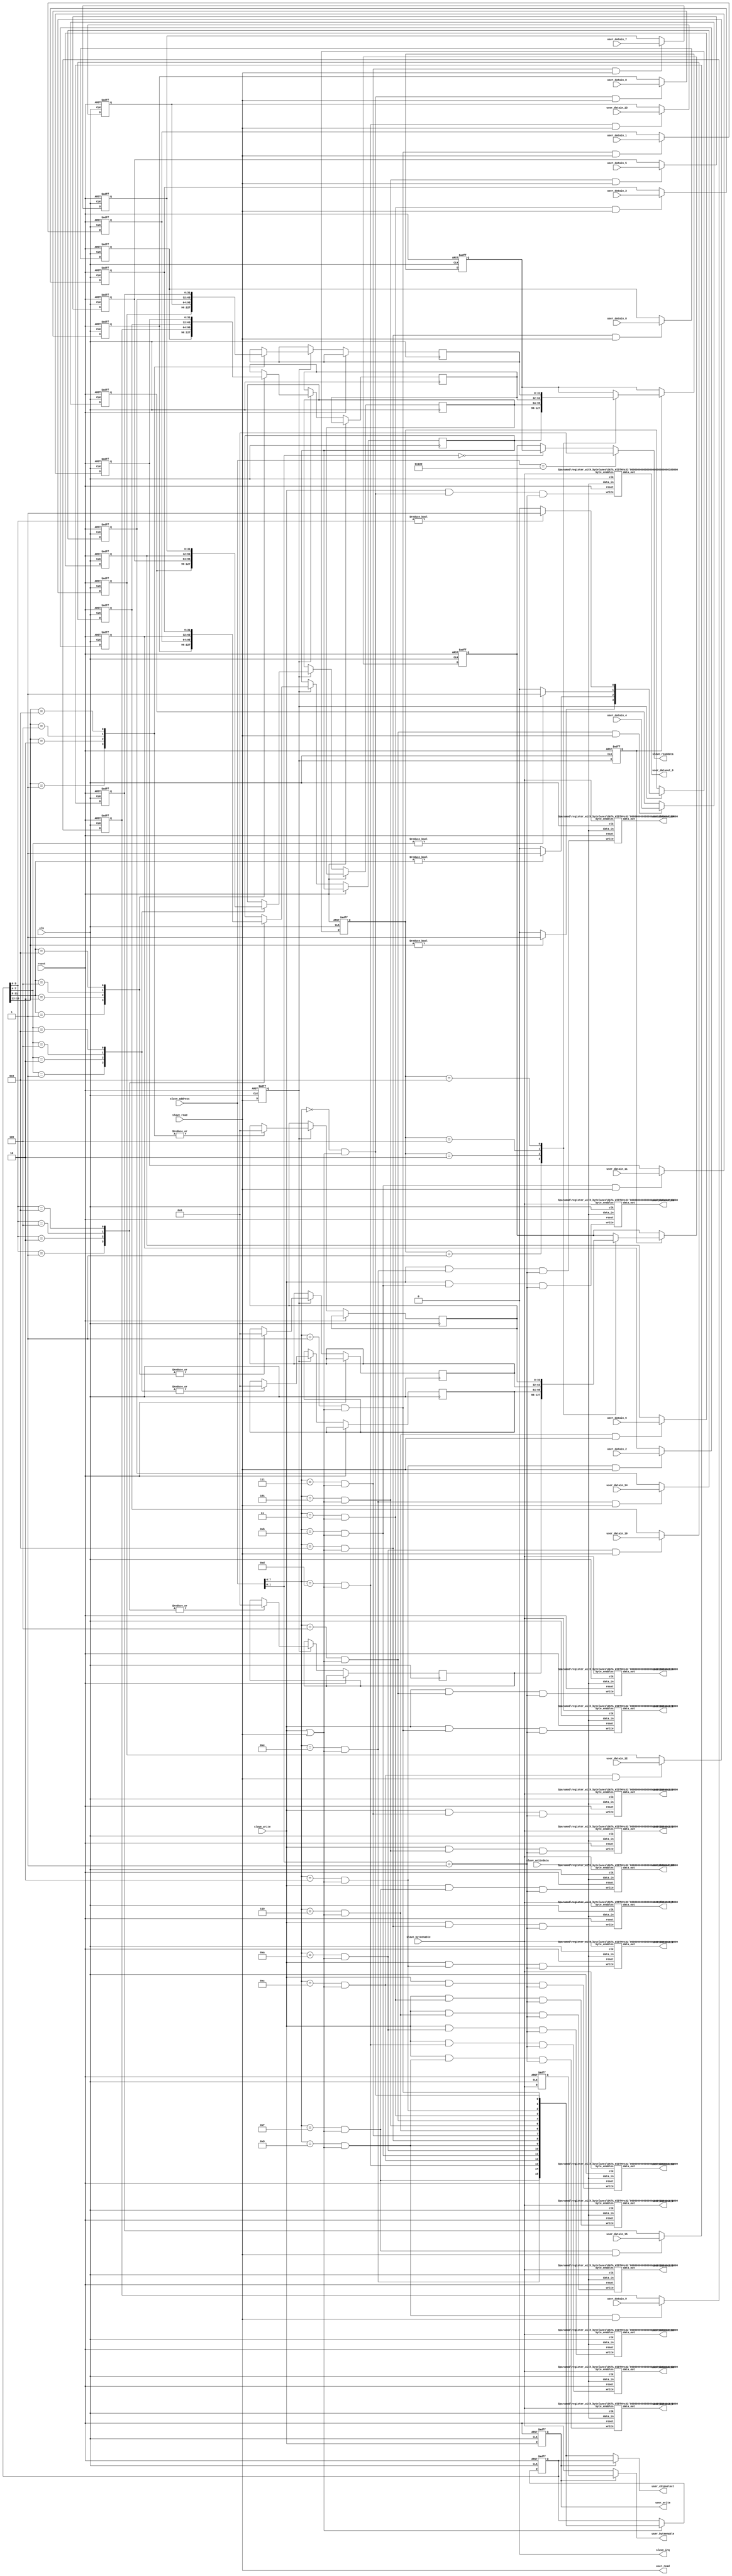
/*
  Legal Notice: (C)2009 Altera Corporation. All rights reserved.  Your
  use of Altera Corporation's design tools, logic functions and other
  software and tools, and its AMPP partner logic functions, and any
  output files any of the foregoing (including device programming or
  simulation files), and any associated documentation or information are
  expressly subject to the terms and conditions of the Altera Program
  License Subscription Agreement or other applicable license agreement,
  including, without limitation, that your use is for the sole purpose
  of programming logic devices manufactured by Altera and sold by Altera
  or its authorized distributors.  Please refer to the applicable
  agreement for further details.
*/

/*

  This slave component has a parameterizable data width and 16 input/output
  words.  There are five modes for each addressable word in this component
  as follows:
  
  Mode = 0  --> Output only
  Mode = 1  --> Input only
  Mode = 2  --> Output and input (independent I/O, default)
  Mode = 3  --> Output with loopback (software readable output registers)
  Mode = 4	--> Disabled

  This component is always available so the waitrequest signal is not used
  and it has fixed read and write latencies.  The write latency is 0 and the
  read latency is 3 cycles.  If you attempt to access a location that doesn't
  support the necessary functionality then you will either write to a
  non-existent register (write to space) or will readback 0 as the inputs
  will be grounded if they are disabled.  Inputs or outputs that are removed
  will be due to the component tcl file stubbing the signals.  Disabled outputs
  will not be exposed at the top of the system and the Quartus II software
  will optimize the register away.  Disabled inputs (except in the loopback
  mode) will not be exposed at the top and internally be wired to ground.
  The Quartus II software as a result will optimize the input registers to
  be hardcoded wires set to ground automatically.
  
  In order for your external logic to know which register is being accessed
  you will need to enable 'ENABLE_SYNC_SIGNALS' by setting it to 1.  When
  enabled, the user_chipselect/byteenable/read/write signals will be exposed to your
  external logic which you can use to determine which register is being accessed
  and whether it's a read or write access.
  
  If you use the syncronization signals use the following to qualify them:
  
  Read:  user_chipselect[x] AND user_read
  Write:  user_chipselect[x] AND user_write AND user_byteenable
  
  Note: Reads return the full word regardless of the byteenables presented.
*/




module slave_template (
	// signals to connect to an Avalon clock source interface
	clk,
	reset,
	
	// signals to connect to an Avalon-MM slave interface
	slave_address,
	slave_read,
	slave_write,
	slave_readdata,
	slave_writedata,
	slave_byteenable,
	
	// interrupt signals
	slave_irq,

	// signals to connect to custom user logic (up to 16 input and output pairs)
	user_dataout_0,
	user_dataout_1,
	user_dataout_2,
	user_dataout_3,
	user_dataout_4,
	user_dataout_5,
	user_dataout_6,
	user_dataout_7,
	user_dataout_8,
	user_dataout_9,
	user_dataout_10,
	user_dataout_11,
	user_dataout_12,
	user_dataout_13,
	user_dataout_14,
	user_dataout_15,
	user_datain_0,
	user_datain_1,
	user_datain_2,
	user_datain_3,
	user_datain_4,
	user_datain_5,
	user_datain_6,
	user_datain_7,
	user_datain_8,
	user_datain_9,
	user_datain_10,
	user_datain_11,
	user_datain_12,
	user_datain_13,
	user_datain_14,
	user_datain_15,
	
	// optional signals so that your external logic knows what location is being accessed
	user_chipselect,
	user_byteenable,
	user_write,
	user_read
);

	// most of the set values will only be used by the component .tcl file.  The DATA_WIDTH and MODE_X = 3 influence the hardware created.
	// ENABLE_SYNC_SIGNALS isn't used by this hardware at all but it provided anyway so that it can be exposed in the component .tcl file
	// to control the stubbing of certain signals.
	parameter DATA_WIDTH = 32;          // word size of each input and output register
	parameter ENABLE_SYNC_SIGNALS = 0;  // only used by the component .tcl file, 1 to expose user_chipselect/write/read, 0 to stub them
	parameter MODE_0 = 2;               // 0 = Output, 1 = Input, 2 = Ouput and Input, 3 = Output with loopback, 4 = Disabled
	parameter MODE_1 = 2;               // 0 = Output, 1 = Input, 2 = Ouput and Input, 3 = Output with loopback, 4 = Disabled
	parameter MODE_2 = 2;               // 0 = Output, 1 = Input, 2 = Ouput and Input, 3 = Output with loopback, 4 = Disabled
	parameter MODE_3 = 2;               // 0 = Output, 1 = Input, 2 = Ouput and Input, 3 = Output with loopback, 4 = Disabled
	parameter MODE_4 = 2;               // 0 = Output, 1 = Input, 2 = Ouput and Input, 3 = Output with loopback, 4 = Disabled
	parameter MODE_5 = 2;               // 0 = Output, 1 = Input, 2 = Ouput and Input, 3 = Output with loopback, 4 = Disabled
	parameter MODE_6 = 2;               // 0 = Output, 1 = Input, 2 = Ouput and Input, 3 = Output with loopback, 4 = Disabled
	parameter MODE_7 = 2;               // 0 = Output, 1 = Input, 2 = Ouput and Input, 3 = Output with loopback, 4 = Disabled
	parameter MODE_8 = 2;               // 0 = Output, 1 = Input, 2 = Ouput and Input, 3 = Output with loopback, 4 = Disabled
	parameter MODE_9 = 2;               // 0 = Output, 1 = Input, 2 = Ouput and Input, 3 = Output with loopback, 4 = Disabled
	parameter MODE_10 = 2;               // 0 = Output, 1 = Input, 2 = Ouput and Input, 3 = Output with loopback, 4 = Disabled
	parameter MODE_11 = 2;               // 0 = Output, 1 = Input, 2 = Ouput and Input, 3 = Output with loopback, 4 = Disabled
	parameter MODE_12 = 2;               // 0 = Output, 1 = Input, 2 = Ouput and Input, 3 = Output with loopback, 4 = Disabled
	parameter MODE_13 = 2;               // 0 = Output, 1 = Input, 2 = Ouput and Input, 3 = Output with loopback, 4 = Disabled
	parameter MODE_14 = 2;               // 0 = Output, 1 = Input, 2 = Ouput and Input, 3 = Output with loopback, 4 = Disabled
	parameter MODE_15 = 2;               // 0 = Output, 1 = Input, 2 = Ouput and Input, 3 = Output with loopback, 4 = Disabled
	parameter IRQ_EN = 0;				 // 0 = Enable interrupt, 1 = Disable interrupt



	// clock interface
	input clk;
	input reset;
	
	
	// slave interface
	input [8:0] slave_address;
	input slave_read;
	input slave_write;
	output wire [DATA_WIDTH-1:0] slave_readdata;
	input [DATA_WIDTH-1:0] slave_writedata;
	input [(DATA_WIDTH/8)-1:0] slave_byteenable;
	output wire slave_irq;


	// user interface
	output wire [DATA_WIDTH-1:0] user_dataout_0;
	output wire [DATA_WIDTH-1:0] user_dataout_1;
	output wire [DATA_WIDTH-1:0] user_dataout_2;
	output wire [DATA_WIDTH-1:0] user_dataout_3;
	output wire [DATA_WIDTH-1:0] user_dataout_4;
	output wire [DATA_WIDTH-1:0] user_dataout_5;
	output wire [DATA_WIDTH-1:0] user_dataout_6;
	output wire [DATA_WIDTH-1:0] user_dataout_7;
	output wire [DATA_WIDTH-1:0] user_dataout_8;
	output wire [DATA_WIDTH-1:0] user_dataout_9;
	output wire [DATA_WIDTH-1:0] user_dataout_10;
	output wire [DATA_WIDTH-1:0] user_dataout_11;
	output wire [DATA_WIDTH-1:0] user_dataout_12;
	output wire [DATA_WIDTH-1:0] user_dataout_13;
	output wire [DATA_WIDTH-1:0] user_dataout_14;
	output wire [DATA_WIDTH-1:0] user_dataout_15;
	input [DATA_WIDTH-1:0] user_datain_0;
	input [DATA_WIDTH-1:0] user_datain_1;
	input [DATA_WIDTH-1:0] user_datain_2;
	input [DATA_WIDTH-1:0] user_datain_3;
	input [DATA_WIDTH-1:0] user_datain_4;
	input [DATA_WIDTH-1:0] user_datain_5;
	input [DATA_WIDTH-1:0] user_datain_6;
	input [DATA_WIDTH-1:0] user_datain_7;
	input [DATA_WIDTH-1:0] user_datain_8;
	input [DATA_WIDTH-1:0] user_datain_9;
	input [DATA_WIDTH-1:0] user_datain_10;
	input [DATA_WIDTH-1:0] user_datain_11;
	input [DATA_WIDTH-1:0] user_datain_12;
	input [DATA_WIDTH-1:0] user_datain_13;
	input [DATA_WIDTH-1:0] user_datain_14;
	input [DATA_WIDTH-1:0] user_datain_15;
	output wire [15:0] user_chipselect;
	output wire [(DATA_WIDTH/8)-1:0] user_byteenable;
	output wire user_write;
	output wire user_read;
	
	
	// internal logic signals
	wire [(DATA_WIDTH/8)-1:0] internal_byteenable;  // when DATA_WIDTH is 8 bits need to hardcode this signal to 1 since the fabric doesn't support 1 bit byte enables
	reg [(DATA_WIDTH/8)-1:0] internal_byteenable_d1;
	wire [15:0] address_decode;
	reg [15:0] address_decode_d1;         // used to select the first stage of mux pipelining (a, b, c, or d)
	wire [3:0] address_bank_decode;       // used to select the second stage of mux pipelining (mux a, b, c, or d)
	reg [3:0] address_bank_decode_d1;     // used to select the second stage of mux pipelining (mux a, b, c, or d)
    reg slave_read_d1;                    // used to qualify the first stage of mux pipelining (a, b, c, or d)
    reg slave_read_d2;                    // used to qualify the second stage of mux pipelining (slave_readdata)
    reg slave_write_d1;                   // used by the option user_write signal
	reg [DATA_WIDTH-1:0] user_datain_0_d1;
	reg [DATA_WIDTH-1:0] user_datain_1_d1;
	reg [DATA_WIDTH-1:0] user_datain_2_d1;
	reg [DATA_WIDTH-1:0] user_datain_3_d1;
	reg [DATA_WIDTH-1:0] user_datain_4_d1;
	reg [DATA_WIDTH-1:0] user_datain_5_d1;
	reg [DATA_WIDTH-1:0] user_datain_6_d1;
	reg [DATA_WIDTH-1:0] user_datain_7_d1;
	reg [DATA_WIDTH-1:0] user_datain_8_d1;
	reg [DATA_WIDTH-1:0] user_datain_9_d1;
	reg [DATA_WIDTH-1:0] user_datain_10_d1;
	reg [DATA_WIDTH-1:0] user_datain_11_d1;
	reg [DATA_WIDTH-1:0] user_datain_12_d1;
	reg [DATA_WIDTH-1:0] user_datain_13_d1;
	reg [DATA_WIDTH-1:0] user_datain_14_d1;
	reg [DATA_WIDTH-1:0] user_datain_15_d1;
	reg [DATA_WIDTH-1:0] mux_first_stage_a;      // muxed inputs 0-3
	reg [DATA_WIDTH-1:0] mux_first_stage_b;      // muxed inputs 4-7
	reg [DATA_WIDTH-1:0] mux_first_stage_c;      // muxed inputs 8-11
	reg [DATA_WIDTH-1:0] mux_first_stage_d;      // muxed inputs 12-15
	reg [DATA_WIDTH-1:0] int_mux_first_stage_a;      // muxed inputs 0-3
	reg [DATA_WIDTH-1:0] int_mux_first_stage_b;      // muxed inputs 4-7
	reg [DATA_WIDTH-1:0] int_mux_first_stage_c;      // muxed inputs 8-11
	reg [DATA_WIDTH-1:0] int_mux_first_stage_d;      // muxed inputs 12-15
	reg [DATA_WIDTH-1:0] read_from_user;
	reg [DATA_WIDTH-1:0] read_from_int_regs;
	wire [DATA_WIDTH-1:0] readdata_0;
	wire [DATA_WIDTH-1:0] readdata_1;
	wire [DATA_WIDTH-1:0] readdata_2;
	wire [DATA_WIDTH-1:0] readdata_3;
	wire [DATA_WIDTH-1:0] readdata_4;
	wire [DATA_WIDTH-1:0] readdata_5;
	wire [DATA_WIDTH-1:0] readdata_6;
	wire [DATA_WIDTH-1:0] readdata_7;
	wire [DATA_WIDTH-1:0] readdata_8;
	wire [DATA_WIDTH-1:0] readdata_9;
	wire [DATA_WIDTH-1:0] readdata_10;
	wire [DATA_WIDTH-1:0] readdata_11;
	wire [DATA_WIDTH-1:0] readdata_12;
	wire [DATA_WIDTH-1:0] readdata_13;
	wire [DATA_WIDTH-1:0] readdata_14;
	wire [DATA_WIDTH-1:0] readdata_15;
	wire [15:0] irq_out;
	wire [DATA_WIDTH-1:0] priority_int_src;
	wire user_datain_reg_en;
	wire user_dataout_reg_en;
	wire irq_mask_reg_en;
	wire edge_capture_reg_en;
	

	// when the data width is 8 need to hardcode the 1 bit byteenable to high
	generate
		if (DATA_WIDTH == 8)
		begin
			assign internal_byteenable = 1'b1;
		end
		else
		begin
			assign internal_byteenable = slave_byteenable;
		end
	endgenerate


	// sixteen address decodes (using one-hot encoding)  A bank is considered to be a grouping of four addresses.
	assign address_decode[0] = (slave_address[7:4] == 4'b0000) & (slave_write | slave_read);
	assign address_decode[1] = (slave_address[7:4] == 4'b0001) & (slave_write | slave_read);
	assign address_decode[2] = (slave_address[7:4] == 4'b0010) & (slave_write | slave_read);
	assign address_decode[3] = (slave_address[7:4] == 4'b0011) & (slave_write | slave_read);
	assign address_decode[4] = (slave_address[7:4] == 4'b0100) & (slave_write | slave_read);
	assign address_decode[5] = (slave_address[7:4] == 4'b0101) & (slave_write | slave_read);
	assign address_decode[6] = (slave_address[7:4] == 4'b0110) & (slave_write | slave_read);
	assign address_decode[7] = (slave_address[7:4] == 4'b0111) & (slave_write | slave_read);
	assign address_decode[8] = (slave_address[7:4] == 4'b1000) & (slave_write | slave_read);
	assign address_decode[9] = (slave_address[7:4] == 4'b1001) & (slave_write | slave_read);
	assign address_decode[10] = (slave_address[7:4] == 4'b1010) & (slave_write | slave_read);
	assign address_decode[11] = (slave_address[7:4] == 4'b1011) & (slave_write | slave_read);
	assign address_decode[12] = (slave_address[7:4] == 4'b1100) & (slave_write | slave_read);
	assign address_decode[13] = (slave_address[7:4] == 4'b1101) & (slave_write | slave_read);
	assign address_decode[14] = (slave_address[7:4] == 4'b1110) & (slave_write | slave_read);
	assign address_decode[15] = (slave_address[7:4] == 4'b1111) & (slave_write | slave_read);
	assign address_bank_decode[0] = (address_decode_d1[3:0] != 0)? 1'b1 : 1'b0;
	assign address_bank_decode[1] = (address_decode_d1[7:4] != 0)? 1'b1 : 1'b0;
	assign address_bank_decode[2] = (address_decode_d1[11:8] != 0)? 1'b1 : 1'b0;
	assign address_bank_decode[3] = (address_decode_d1[15:12] != 0)? 1'b1 : 1'b0;
	assign user_datain_reg_en  = (slave_address[1:0] == 2'b00);
	assign user_dataout_reg_en = (slave_address[1:0] == 2'b01);
	assign irq_mask_reg_en     = (slave_address[1:0] == 2'b10);
	assign edge_capture_reg_en = (slave_address[1:0] == 2'b11);
		
	
	// registering various address decoding registers and the input data
	always @ (posedge clk or posedge reset)
	begin
		if (reset == 1)
		begin
			slave_read_d1 <= 0;
			slave_read_d2 <= 0;
			slave_write_d1 <= 0;
			address_decode_d1 <= 0;
			address_bank_decode_d1 <= 0;
			internal_byteenable_d1 <= 0;
			user_datain_0_d1 <= 0;
			user_datain_1_d1 <= 0;
			user_datain_2_d1 <= 0;
			user_datain_3_d1 <= 0;
			user_datain_4_d1 <= 0;
			user_datain_5_d1 <= 0;
			user_datain_6_d1 <= 0;
			user_datain_7_d1 <= 0;
			user_datain_8_d1 <= 0;
			user_datain_9_d1 <= 0;
			user_datain_10_d1 <= 0;
			user_datain_11_d1 <= 0;
			user_datain_12_d1 <= 0;
			user_datain_13_d1 <= 0;
			user_datain_14_d1 <= 0;
			user_datain_15_d1 <= 0;
		end
		else
		begin
			slave_read_d1 <= slave_read;
			slave_read_d2 <= slave_read_d1;
			slave_write_d1 <= slave_write;
			internal_byteenable_d1 <= internal_byteenable;
			if((slave_read == 1) | (slave_write == 1))
			begin
				address_decode_d1 <= address_decode;
			end
			if(slave_read_d1 == 1)
			begin
				address_bank_decode_d1 <= address_bank_decode;
			end
			if((address_decode[0] == 1) & (slave_read == 1))
			begin
				user_datain_0_d1 <= user_datain_0;
			end
			if((address_decode[1] == 1) & (slave_read == 1))
			begin
				user_datain_1_d1 <= user_datain_1;
			end
			if((address_decode[2] == 1) & (slave_read == 1))
			begin
				user_datain_2_d1 <= user_datain_2;
			end
			if((address_decode[3] == 1) & (slave_read == 1))
			begin
				user_datain_3_d1 <= user_datain_3;
			end
			if((address_decode[4] == 1) & (slave_read == 1))
			begin
				user_datain_4_d1 <= user_datain_4;
			end
			if((address_decode[5] == 1) & (slave_read == 1))
			begin
				user_datain_5_d1 <= user_datain_5;
			end
			if((address_decode[6] == 1) & (slave_read == 1))
			begin
				user_datain_6_d1 <= user_datain_6;
			end
			if((address_decode[7] == 1) & (slave_read == 1))
			begin
				user_datain_7_d1 <= user_datain_7;
			end
			if((address_decode[8] == 1) & (slave_read == 1))
			begin
				user_datain_8_d1 <= user_datain_8;
			end
			if((address_decode[9] == 1) & (slave_read == 1))
			begin
				user_datain_9_d1 <= user_datain_9;
			end
			if((address_decode[10] == 1) & (slave_read == 1))
			begin
				user_datain_10_d1 <= user_datain_10;
			end
			if((address_decode[11] == 1) & (slave_read == 1))
			begin
				user_datain_11_d1 <= user_datain_11;
			end
			if((address_decode[12] == 1) & (slave_read == 1))
			begin
				user_datain_12_d1 <= user_datain_12;
			end
			if((address_decode[13] == 1) & (slave_read == 1))
			begin
				user_datain_13_d1 <= user_datain_13;
			end
			if((address_decode[14] == 1) & (slave_read == 1))
			begin
				user_datain_14_d1 <= user_datain_14;
			end
			if((address_decode[15] == 1) & (slave_read == 1))
			begin
				user_datain_15_d1 <= user_datain_15;
			end
		end
	end
	
	// Instantiate interrupt logic according to port type chosen and irq_en
	generate
	  if ((IRQ_EN == 1) && ((MODE_0 == 1) || (MODE_0 == 2)))
	  begin
	    interrupt_logic interrupt_0 (clk, reset, user_datain_0, slave_write, slave_writedata, address_decode[0], irq_mask_reg_en, edge_capture_reg_en, readdata_0, irq_out[0]);
		  defparam interrupt_0.DATA_WIDTH = DATA_WIDTH;
	  end
	  else
	  begin
	    assign readdata_0 = 0;
	    assign irq_out[0] = 1'b0;
      end
	  
	  if ((IRQ_EN == 1) && ((MODE_1 == 1) || (MODE_1 == 2)))
	  begin
	    interrupt_logic interrupt_1 (clk, reset, user_datain_1, slave_write, slave_writedata, address_decode[1],  irq_mask_reg_en, edge_capture_reg_en, readdata_1, irq_out[1]);
		  defparam interrupt_1.DATA_WIDTH = DATA_WIDTH;
	  end
	  else
	  begin
	    assign readdata_1 = 0;
	    assign irq_out[1] = 1'b0;
      end
	  
	  if ((IRQ_EN == 1) && ((MODE_2 == 1) || (MODE_2 == 2)))
	  begin
	    interrupt_logic interrupt_2 (clk, reset, user_datain_2, slave_write, slave_writedata, address_decode[2], irq_mask_reg_en, edge_capture_reg_en, readdata_2, irq_out[2]);
		  defparam interrupt_2.DATA_WIDTH = DATA_WIDTH;
	  end
	  else
	  begin
	    assign readdata_2 = 0;
	    assign irq_out[2] = 1'b0;
      end
	  
	  if ((IRQ_EN == 1) && ((MODE_3 == 1) || (MODE_3 == 2)))
	  begin
	    interrupt_logic interrupt_3 (clk, reset, user_datain_3, slave_write, slave_writedata, address_decode[3], irq_mask_reg_en, edge_capture_reg_en, readdata_3, irq_out[3]);
		  defparam interrupt_3.DATA_WIDTH = DATA_WIDTH;
	  end
	  else
	  begin
	    assign readdata_3 = 0;
	    assign irq_out[3] = 1'b0;
      end
	  
	  if ((IRQ_EN == 1) && ((MODE_4 == 1) || (MODE_4 == 2)))
	  begin
	    interrupt_logic interrupt_4 (clk, reset, user_datain_4, slave_write, slave_writedata, address_decode[4], irq_mask_reg_en, edge_capture_reg_en, readdata_4, irq_out[4]);
		  defparam interrupt_4.DATA_WIDTH = DATA_WIDTH;
	  end
	  else
	  begin
	    assign readdata_4 = 0;
	    assign irq_out[4] = 1'b0;
      end
	  
	  if ((IRQ_EN == 1) && ((MODE_5 == 1) || (MODE_5 == 2)))
	  begin
	    interrupt_logic interrupt_5 (clk, reset, user_datain_5, slave_write, slave_writedata, address_decode[5], irq_mask_reg_en, edge_capture_reg_en, readdata_5, irq_out[5]);
		  defparam interrupt_5.DATA_WIDTH = DATA_WIDTH;
	  end
	  else
	  begin
	    assign readdata_5 = 0;
	    assign irq_out[5] = 1'b0;
      end
	  
	  if ((IRQ_EN == 1) && ((MODE_6 == 1) || (MODE_6 == 2)))
	  begin
	    interrupt_logic interrupt_6 (clk, reset, user_datain_6, slave_write, slave_writedata, address_decode[6], irq_mask_reg_en, edge_capture_reg_en, readdata_6, irq_out[6]);
		  defparam interrupt_6.DATA_WIDTH = DATA_WIDTH;
	  end
	  else
	  begin
	    assign readdata_6 = 0;
	    assign irq_out[6] = 1'b0;
      end
	  
	  if ((IRQ_EN == 1) && ((MODE_7 == 1) || (MODE_7 == 2)))
	  begin
	    interrupt_logic interrupt_7 (clk, reset, user_datain_7, slave_write, slave_writedata, address_decode[7], irq_mask_reg_en, edge_capture_reg_en, readdata_7, irq_out[7]);
		  defparam interrupt_7.DATA_WIDTH = DATA_WIDTH;
	  end
	  else
	  begin
	    assign readdata_7 = 0;
	    assign irq_out[7] = 1'b0;
      end
	  
	  if ((IRQ_EN == 1) && ((MODE_8 == 1) || (MODE_8 == 2)))
	  begin
	    interrupt_logic interrupt_8 (clk, reset, user_datain_8, slave_write, slave_writedata, address_decode[8], irq_mask_reg_en, edge_capture_reg_en, readdata_8, irq_out[8]);
		  defparam interrupt_8.DATA_WIDTH = DATA_WIDTH;
	  end
	  else
	  begin
	    assign readdata_8 = 0;
	    assign irq_out[8] = 1'b0;
      end
	  
	  if ((IRQ_EN == 1) && ((MODE_9 == 1) || (MODE_9 == 2)))
	  begin
	    interrupt_logic interrupt_9 (clk, reset, user_datain_9, slave_write, slave_writedata, address_decode[9], irq_mask_reg_en, edge_capture_reg_en, readdata_9, irq_out[9]);
		  defparam interrupt_9.DATA_WIDTH = DATA_WIDTH;
	  end
	  else
	  begin
	    assign readdata_9 = 0;
	    assign irq_out[9] = 1'b0;
      end
	  
	  if ((IRQ_EN == 1) && ((MODE_10 == 1) || (MODE_10 == 2)))
	  begin
	    interrupt_logic interrupt_10 (clk, reset, user_datain_10, slave_write, slave_writedata, address_decode[10], irq_mask_reg_en, edge_capture_reg_en, readdata_10, irq_out[10]);
		  defparam interrupt_10.DATA_WIDTH = DATA_WIDTH;
	  end
	  else
	  begin
	    assign readdata_10 = 0;
	    assign irq_out[10] = 1'b0;
      end
	  
	  if ((IRQ_EN == 1) && ((MODE_11 == 1) || (MODE_11 == 2)))
	  begin
	    interrupt_logic interrupt_11 (clk, reset, user_datain_11, slave_write, slave_writedata, address_decode[11], irq_mask_reg_en, edge_capture_reg_en, readdata_11, irq_out[11]);
		  defparam interrupt_11.DATA_WIDTH = DATA_WIDTH;
	  end
	  else
	  begin
	    assign readdata_11 = 0;
	    assign irq_out[11] = 1'b0;
      end
	  
	  if ((IRQ_EN == 1) && ((MODE_12 == 1) || (MODE_12 == 2)))
	  begin
	    interrupt_logic interrupt_12 (clk, reset, user_datain_12, slave_write, slave_writedata, address_decode[12], irq_mask_reg_en, edge_capture_reg_en, readdata_12, irq_out[12]);
		  defparam interrupt_12.DATA_WIDTH = DATA_WIDTH;
	  end
	  else
	  begin
	    assign readdata_12 = 0;
	    assign irq_out[12] = 1'b0;
      end
	  
	  if ((IRQ_EN == 1) && ((MODE_13 == 1) || (MODE_13 == 2)))
	  begin
	    interrupt_logic interrupt_13 (clk, reset, user_datain_13, slave_write, slave_writedata, address_decode[13], irq_mask_reg_en, edge_capture_reg_en, readdata_13, irq_out[13]);
		  defparam interrupt_13.DATA_WIDTH = DATA_WIDTH;
	  end
	  else
	  begin
	    assign readdata_13 = 0;
	    assign irq_out[13] = 1'b0;
      end
	  
	  if ((IRQ_EN == 1) && ((MODE_14 == 1) || (MODE_14 == 2)))
	  begin
	    interrupt_logic interrupt_14 (clk, reset, user_datain_14, slave_write, slave_writedata, address_decode[14], irq_mask_reg_en, edge_capture_reg_en, readdata_14, irq_out[14]);
		  defparam interrupt_14.DATA_WIDTH = DATA_WIDTH;
	  end
	  else
	  begin
	    assign readdata_14 = 0;
	    assign irq_out[14] = 1'b0;
      end
	  
	  if ((IRQ_EN == 1) && ((MODE_15 == 1) || (MODE_15 == 2)))
	  begin
	    interrupt_logic interrupt_15 (clk, reset, user_datain_15, slave_write, slave_writedata, address_decode[15], irq_mask_reg_en, edge_capture_reg_en, readdata_15, irq_out[15]);
		  defparam interrupt_15.DATA_WIDTH = DATA_WIDTH;
	  end
	  else
	  begin
	    assign readdata_15 = 0;
	    assign irq_out[15] = 1'b0;
      end
	  
	endgenerate

	// sixteen output registers which use byteenables to register each byte.  Disabling the write enable for output registers that were not needed.
	register_with_bytelanes register_0 (clk,reset,slave_writedata,slave_write&address_decode[0]&user_dataout_reg_en,internal_byteenable,user_dataout_0);
		defparam register_0.DATA_WIDTH = DATA_WIDTH;
	register_with_bytelanes register_1 (clk,reset,slave_writedata,slave_write&address_decode[1]&user_dataout_reg_en,internal_byteenable,user_dataout_1);
		defparam register_1.DATA_WIDTH = DATA_WIDTH;
	register_with_bytelanes register_2 (clk,reset,slave_writedata,slave_write&address_decode[2]&user_dataout_reg_en,internal_byteenable,user_dataout_2);
		defparam register_2.DATA_WIDTH = DATA_WIDTH;
	register_with_bytelanes register_3 (clk,reset,slave_writedata,slave_write&address_decode[3]&user_dataout_reg_en,internal_byteenable,user_dataout_3);
		defparam register_3.DATA_WIDTH = DATA_WIDTH;
	register_with_bytelanes register_4 (clk,reset,slave_writedata,slave_write&address_decode[4]&user_dataout_reg_en,internal_byteenable,user_dataout_4);
		defparam register_4.DATA_WIDTH = DATA_WIDTH;
	register_with_bytelanes register_5 (clk,reset,slave_writedata,slave_write&address_decode[5]&user_dataout_reg_en,internal_byteenable,user_dataout_5);
		defparam register_5.DATA_WIDTH = DATA_WIDTH;
	register_with_bytelanes register_6 (clk,reset,slave_writedata,slave_write&address_decode[6]&user_dataout_reg_en,internal_byteenable,user_dataout_6);
		defparam register_6.DATA_WIDTH = DATA_WIDTH;
	register_with_bytelanes register_7 (clk,reset,slave_writedata,slave_write&address_decode[7]&user_dataout_reg_en,internal_byteenable,user_dataout_7);
		defparam register_7.DATA_WIDTH = DATA_WIDTH;
	register_with_bytelanes register_8 (clk,reset,slave_writedata,slave_write&address_decode[8]&user_dataout_reg_en,internal_byteenable,user_dataout_8);
		defparam register_8.DATA_WIDTH = DATA_WIDTH;
	register_with_bytelanes register_9 (clk,reset,slave_writedata,slave_write&address_decode[9]&user_dataout_reg_en,internal_byteenable,user_dataout_9);
		defparam register_9.DATA_WIDTH = DATA_WIDTH;
	register_with_bytelanes register_10 (clk,reset,slave_writedata,slave_write&address_decode[10]&user_dataout_reg_en,internal_byteenable,user_dataout_10);
		defparam register_10.DATA_WIDTH = DATA_WIDTH;
	register_with_bytelanes register_11 (clk,reset,slave_writedata,slave_write&address_decode[11]&user_dataout_reg_en,internal_byteenable,user_dataout_11);
		defparam register_11.DATA_WIDTH = DATA_WIDTH;
	register_with_bytelanes register_12 (clk,reset,slave_writedata,slave_write&address_decode[12]&user_dataout_reg_en,internal_byteenable,user_dataout_12);
		defparam register_12.DATA_WIDTH = DATA_WIDTH;
	register_with_bytelanes register_13 (clk,reset,slave_writedata,slave_write&address_decode[13]&user_dataout_reg_en,internal_byteenable,user_dataout_13);
		defparam register_13.DATA_WIDTH = DATA_WIDTH;
	register_with_bytelanes register_14 (clk,reset,slave_writedata,slave_write&address_decode[14]&user_dataout_reg_en,internal_byteenable,user_dataout_14);
		defparam register_14.DATA_WIDTH = DATA_WIDTH;
	register_with_bytelanes register_15 (clk,reset,slave_writedata,slave_write&address_decode[15]&user_dataout_reg_en,internal_byteenable,user_dataout_15);
		defparam register_15.DATA_WIDTH = DATA_WIDTH;


	// registered slave_readdata mux for all the return values, if an input register is disabled then a zero will be passed in
	always @ (posedge clk or posedge reset)
	begin
		if (reset == 1)
		begin
			read_from_user <= 0;
		end
		else
		begin
			if (slave_read_d1 == 1)  // first multiplexer stage
			begin
				// when the mode parameters are set to 3 then the outputs are looped back as inputs
				case (address_decode_d1[3:0])
					4'b0001: mux_first_stage_a <= (MODE_0 == 3)? user_dataout_0 : user_datain_0_d1;
					4'b0010: mux_first_stage_a <= (MODE_1 == 3)? user_dataout_1 : user_datain_1_d1;
					4'b0100: mux_first_stage_a <= (MODE_2 == 3)? user_dataout_2 : user_datain_2_d1;
					4'b1000: mux_first_stage_a <= (MODE_3 == 3)? user_dataout_3 : user_datain_3_d1;
				endcase
				case (address_decode_d1[7:4])
					4'b0001: mux_first_stage_b <= (MODE_4 == 3)? user_dataout_4 : user_datain_4_d1;
					4'b0010: mux_first_stage_b <= (MODE_5 == 3)? user_dataout_5 : user_datain_5_d1;
					4'b0100: mux_first_stage_b <= (MODE_6 == 3)? user_dataout_6 : user_datain_6_d1;
					4'b1000: mux_first_stage_b <= (MODE_7 == 3)? user_dataout_7 : user_datain_7_d1;
				endcase
				case (address_decode_d1[11:8])
					4'b0001: mux_first_stage_c <= (MODE_8 == 3)? user_dataout_8 : user_datain_8_d1;
					4'b0010: mux_first_stage_c <= (MODE_9 == 3)? user_dataout_9 : user_datain_9_d1;
					4'b0100: mux_first_stage_c <= (MODE_10 == 3)? user_dataout_10 : user_datain_10_d1;
					4'b1000: mux_first_stage_c <= (MODE_11 == 3)? user_dataout_11 : user_datain_11_d1;
				endcase
				case (address_decode_d1[15:12])
					4'b0001: mux_first_stage_d <= (MODE_12 == 3)? user_dataout_12 : user_datain_12_d1;
					4'b0010: mux_first_stage_d <= (MODE_13 == 3)? user_dataout_13 : user_datain_13_d1;
					4'b0100: mux_first_stage_d <= (MODE_14 == 3)? user_dataout_14 : user_datain_14_d1;
					4'b1000: mux_first_stage_d <= (MODE_15 == 3)? user_dataout_15 : user_datain_15_d1;
				endcase
			end
			
			if (slave_read_d2 == 1)  // second multiplexer stage
			begin
				case (address_bank_decode_d1[3:0])
					4'b0001: read_from_user <= mux_first_stage_a;
					4'b0010: read_from_user <= mux_first_stage_b;
					4'b0100: read_from_user <= mux_first_stage_c;
					4'b1000: read_from_user <= mux_first_stage_d;
				endcase
			end
		end
	end
	
	// multiplex the readdata from all I/O interrupt registers
	always @ (posedge clk or posedge reset)
	begin
		if (reset == 1)
		begin
			read_from_int_regs <= 0;
		end
		else
		begin
			if (slave_read_d1 == 1)  // first multiplexer stage
			begin
				// when the mode parameters are set to 3 then the outputs are looped back as inputs
				case (address_decode_d1[3:0])
					4'b0001: int_mux_first_stage_a <= readdata_0;
					4'b0010: int_mux_first_stage_a <= readdata_1;
					4'b0100: int_mux_first_stage_a <= readdata_2;
					4'b1000: int_mux_first_stage_a <= readdata_3;
				endcase
				case (address_decode_d1[7:4])
					4'b0001: int_mux_first_stage_b <= readdata_4;
					4'b0010: int_mux_first_stage_b <= readdata_5;
					4'b0100: int_mux_first_stage_b <= readdata_6;
					4'b1000: int_mux_first_stage_b <= readdata_7;
				endcase
				case (address_decode_d1[11:8])
					4'b0001: int_mux_first_stage_c <= readdata_8;
					4'b0010: int_mux_first_stage_c <= readdata_9;
					4'b0100: int_mux_first_stage_c <= readdata_10;
					4'b1000: int_mux_first_stage_c <= readdata_11;
				endcase
				case (address_decode_d1[15:12])
					4'b0001: int_mux_first_stage_d <= readdata_12;
					4'b0010: int_mux_first_stage_d <= readdata_13;
					4'b0100: int_mux_first_stage_d <= readdata_14;
					4'b1000: int_mux_first_stage_d <= readdata_15;
				endcase
			end
			
			if (slave_read_d2 == 1)  // second multiplexer stage
			begin
				case (address_bank_decode_d1[3:0])
					4'b0001: read_from_int_regs <= int_mux_first_stage_a;
					4'b0010: read_from_int_regs <= int_mux_first_stage_b;
					4'b0100: read_from_int_regs <= int_mux_first_stage_c;
					4'b1000: read_from_int_regs <= int_mux_first_stage_d;
				endcase
			end
		end
	end
	
    assign priority_int_src = (irq_out[0] == 1) ? 1 :
						  (irq_out[1] == 1) ? 2 :
						  (irq_out[2] == 1) ? 3 :
						  (irq_out[3] == 1) ? 4 :
						  (irq_out[4] == 1) ? 5 :
						  (irq_out[5] == 1) ? 6 :
						  (irq_out[6] == 1) ? 7 :
						  (irq_out[7] == 1) ? 8 :
						  (irq_out[8] == 1) ? 9 :
						  (irq_out[9] == 1) ? 10 :
						  (irq_out[10] == 1) ? 11 :
						  (irq_out[11] == 1) ? 12 :
						  (irq_out[12] == 1) ? 13 :
						  (irq_out[13] == 1) ? 14 :
						  (irq_out[14] == 1) ? 15 :
						  (irq_out[15] == 1) ? 16 : 0;	
	
	assign user_write = slave_write_d1;  // outputs are registed so need a delayed copy of the write signal
	assign user_read = slave_read;
	assign user_chipselect = (slave_write_d1 == 1)? address_decode_d1 : address_decode;  // for write cycles need the delayed copy of the address decode since outputs are registered
	assign user_byteenable = (slave_write_d1 == 1)? internal_byteenable_d1 : internal_byteenable;  // for write cycles need the delayed copy of the byteenables, don't use the byteenables for reads since the full word is always sent on read transfers
	assign slave_readdata = (slave_address == 9'h100)? priority_int_src : (user_datain_reg_en == 1)? read_from_user : read_from_int_regs;
	assign slave_irq = | (irq_out);
	
endmodule



// helper module to simplify having a register of variable width and containing independent byte lanes
module register_with_bytelanes (
	clk,
	reset,
	
	data_in,
	write,
	byte_enables,
	data_out
);

	parameter DATA_WIDTH = 32;
	
	input clk;
	input reset;
	
	input [DATA_WIDTH-1:0] data_in;
	input write;
	input [(DATA_WIDTH/8)-1:0] byte_enables;
	output reg [DATA_WIDTH-1:0] data_out;
	
	// generating write logic for each group of 8 bits for 'data_out'
	generate
	genvar LANE;
		for(LANE = 0; LANE < (DATA_WIDTH/8); LANE = LANE+1)
		begin: register_bytelane_generation	
			always @ (posedge clk or posedge reset)
			begin
				if(reset == 1)
				begin
					data_out[(LANE*8)+7:(LANE*8)] <= 0;
				end
				else
				begin
					if((byte_enables[LANE] == 1) & (write == 1))
					begin
						data_out[(LANE*8)+7:(LANE*8)] <= data_in[(LANE*8)+7:(LANE*8)];  // write to each byte lane with write = 1 and the lane byteenable = 1
					end
				end
			end
		end
	endgenerate
	
endmodule